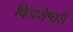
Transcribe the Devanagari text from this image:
बिन्ध्येश्वरी